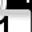
Digit: 1